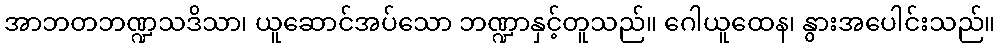
အာဘတဘဏ္ဍသဒိသာ၊ ယူဆောင်အပ်သော ဘဏ္ဍာနှင့်တူသည်။ ဂေါယူထေန၊ နွားအပေါင်းသည်။